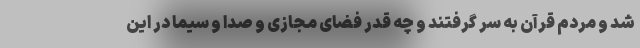
شد و مردم قرآن به سر گرفتند و چه قدر فضای مجازی و صدا و سیما در این